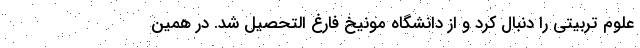
علوم تربیتی را دنبال کرد و از دانشگاه مونیخ فارغ التحصیل شد. در همین